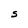
Character: S